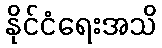
နိုင်ငံရေးအသိ